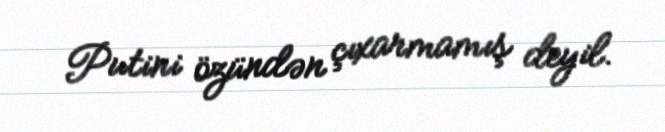
Putini özündən çıxarmamış deyil.